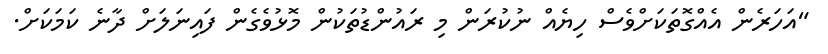
"އަހަރެން އެއްގޮތަކަށްވެސް ހިޔެއް ނުކުރަން މި ރައުންޑުތަކުން މޮޅުވެގެން ފައިނަލަށް ދާނެ ކަމަކަށް.